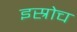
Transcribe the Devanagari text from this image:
इस्रोच